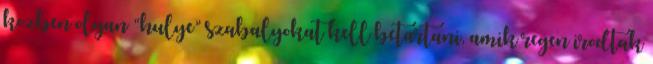
kozben olyan “hulye” szabalyokat kell betartani, amik regen irodtak